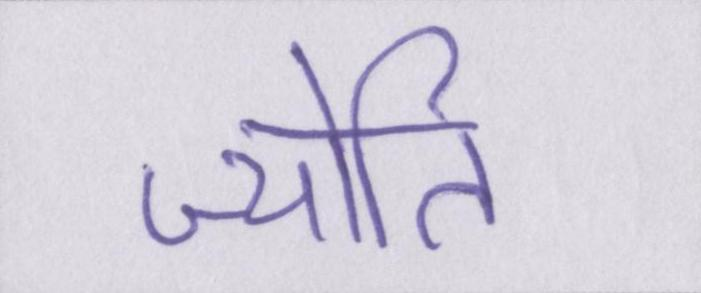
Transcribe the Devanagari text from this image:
ज्योति